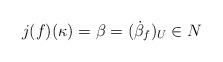
LaTeX: \begin{align*}j(f)(\kappa) = \beta = (\dot{\beta}_f)_U \in N\end{align*}